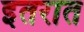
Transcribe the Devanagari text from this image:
इतरात